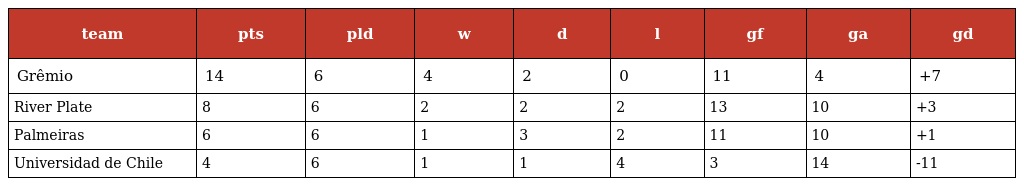
| team | pts | pld | w | d | l | gf | ga | gd |
 | --- | --- | --- | --- | --- | --- | --- | --- | --- |
 | Grêmio | 14 | 6 | 4 | 2 | 0 | 11 | 4 | +7 |
 | River Plate | 8 | 6 | 2 | 2 | 2 | 13 | 10 | +3 |
 | Palmeiras | 6 | 6 | 1 | 3 | 2 | 11 | 10 | +1 |
 | Universidad de Chile | 4 | 6 | 1 | 1 | 4 | 3 | 14 | -11 |